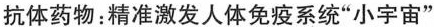
抗体药物。精准激发人体免系统”小字宙”